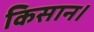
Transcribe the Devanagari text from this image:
किसान।